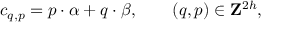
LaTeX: c _ { q , p } = { p } \cdot { \alpha } + { q } \cdot { \beta } , \qquad ( q , p ) \in { \bf Z } ^ { 2 h } ,